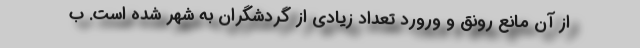
از آن مانع رونق و ورورد تعداد زیادی از گردشگران به شهر شده است. ب